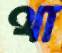
থা